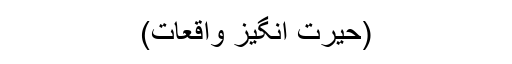
(حیرت انگیز واقعات)